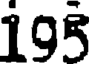
195